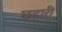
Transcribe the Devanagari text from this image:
छहारी